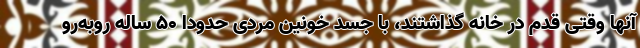
آنها وقتی قدم در خانه گذاشتند، با جسد خونین مردی حدودا ٥٠ ساله روبه‌رو